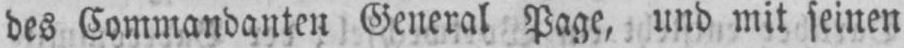
des Commandanten General Page, und mit seinen